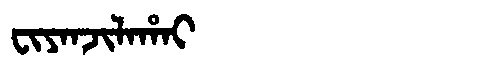
Manchu: ᠸᡳᠶᠠᠨᠵᡳᠯᠠᡥᠠᡳ
Romanization: FIYANJILAHAI